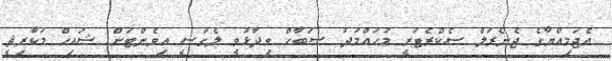
އެޖަމިއްޔާގެ ޖެނެރަލް ސެކްރެޓަރީ މުހައްމަދު ޞަބާހް ވިދާޅުވީ ލެގަސީ އިވެންޓަށް ޝައިޚް މަކާރިޘީ